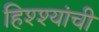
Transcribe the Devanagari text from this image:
हिश्श्यांची